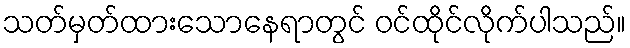
သတ်မှတ်ထားသောနေရာတွင် ဝင်ထိုင်လိုက်ပါသည်။